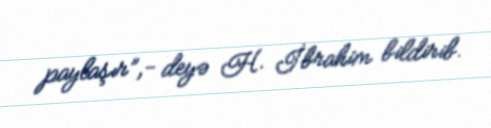
paylaşır”,- deyə H. İbrahim bildirib.